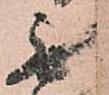
無